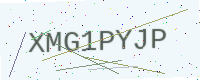
Text: XMG1PYJP